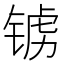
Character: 𫓺